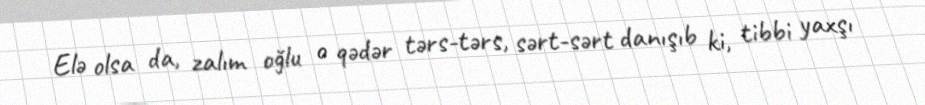
Elə olsa da, zalım oğlu o qədər tərs-tərs, sərt-sərt danışıb ki, tibbi yaxşı